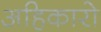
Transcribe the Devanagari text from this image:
अहिकारो